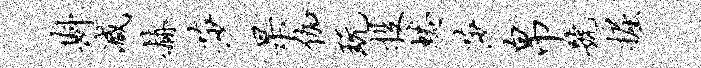
斟减赫莎杲伽玩投蜷莎帛号掘